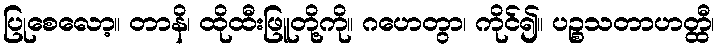
ပြုစေလော့။ တာနိ၊ ထိုထီးဖြူတို့ကို။ ဂဟေတွာ၊ ကိုင်၍။ ပဉ္စသတာဟတ္ထီ၊